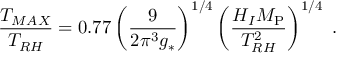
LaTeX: \frac { T _ { M A X } } { T _ { R H } } = 0 . 7 7 \left( \frac { 9 } { 2 \pi ^ { 3 } g _ { * } } \right) ^ { 1 / 4 } \left( \frac { H _ { I } M _ { \mathrm { P } } } { T _ { R H } ^ { 2 } } \right) ^ { 1 / 4 } \ .